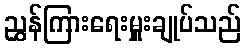
ညွှန်ကြားရေးမှူးချုပ်သည်